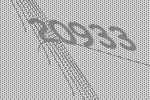
20933